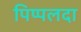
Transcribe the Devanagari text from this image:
पिप्‍पलदा